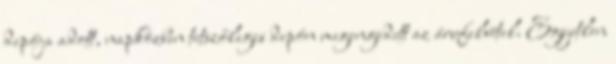
depója adott, napközben tetszőleges depón megengedett az árufelvétel. Egyetlen